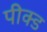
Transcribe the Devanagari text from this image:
पीक्ड